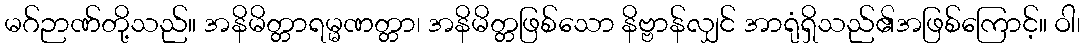
မဂ်ဉာဏ်တို့သည်။ အနိမိတ္တာရမ္မဏတ္တာ၊ အနိမိတ္တဖြစ်သော နိဗ္ဗာန်လျှင် အာရုံရှိသည်၏အဖြစ်ကြောင့်။ ဝါ၊